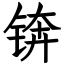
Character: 锛